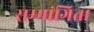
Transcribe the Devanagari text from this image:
सम्मांगिता